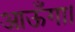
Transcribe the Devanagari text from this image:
आऊँगा।